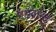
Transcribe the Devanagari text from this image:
एंडवांस्ड्